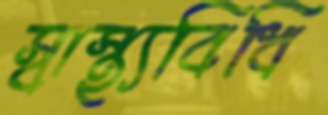
স্বাস্থ্যবিধি